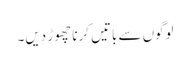
لوگوں سے باتیں کرنا چھوڑ دیں۔